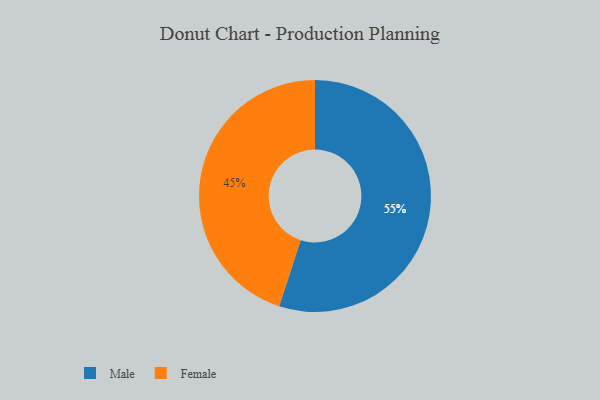
{"axis": {"x": "Category", "y": "Percentage"}, "legend": ["Female", "Male"], "data": [{"x": "Male", "y": 55, "type": "Male"}, {"x": "Female", "y": 45, "type": "Female"}]}